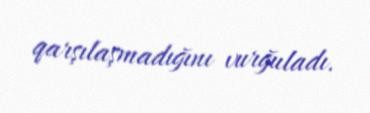
qarşılaşmadığını vurğuladı.